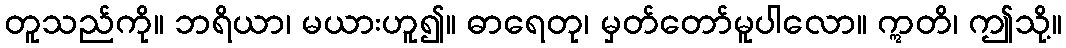
တူသည်ကို။ ဘရိယာ၊ မယားဟူ၍။ ဓာရေတု၊ မှတ်တော်မူပါလော။ ဣတိ၊ ဤသို့။